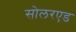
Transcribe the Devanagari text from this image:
सोलरएड